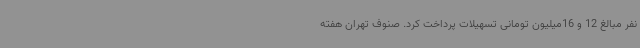
نفر مبالغ 12 و 16میلیون تومانی تسهیلات پرداخت کرد. صنوف تهران هفته